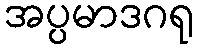
အပ္ပမာဒဂရု